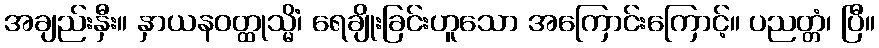
အချည်းနှီး။ နှာယနဝတ္ထုသ္မိံ၊ ရေချိုးခြင်းဟူသော အကြောင်းကြောင့်။ ပညတ္တံ၊ ပြီ။